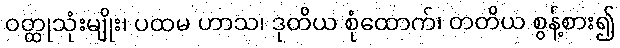
ဝတ္ထုသုံးမျိုး၊ ပထမ ဟာသ၊ ဒုတိယ စုံထောက်၊ တတိယ စွန့်စား၍